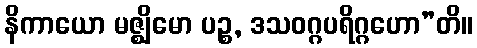
နိကာယော မဇ္ဈိမော ပဉ္စ, ဒသဝဂ္ဂပရိဂ္ဂဟော”တိ။